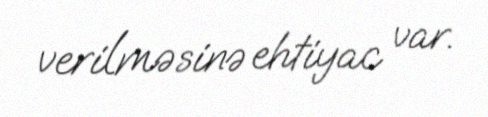
verilməsinə ehtiyac var.